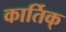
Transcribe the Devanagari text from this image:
कार्तिक्